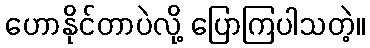
ဟောနိုင်တာပဲလို့ ပြောကြပါသတဲ့။